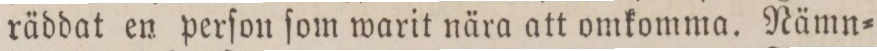
räddat en perſon ſom warit nära att omkomma. Nämn=